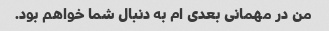
من در مهمانی بعدی ام به دنبال شما خواهم بود.